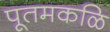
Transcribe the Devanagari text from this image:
पूतमकळि